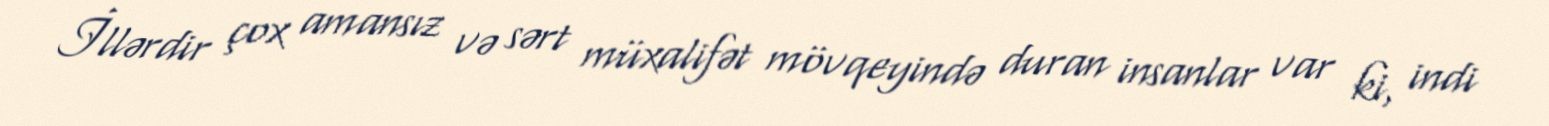
İllərdir çox amansız və sərt müxalifət mövqeyində duran insanlar var ki, indi